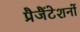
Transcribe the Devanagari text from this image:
प्रैजैंटेशनों